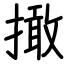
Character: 撖